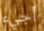
أجيء